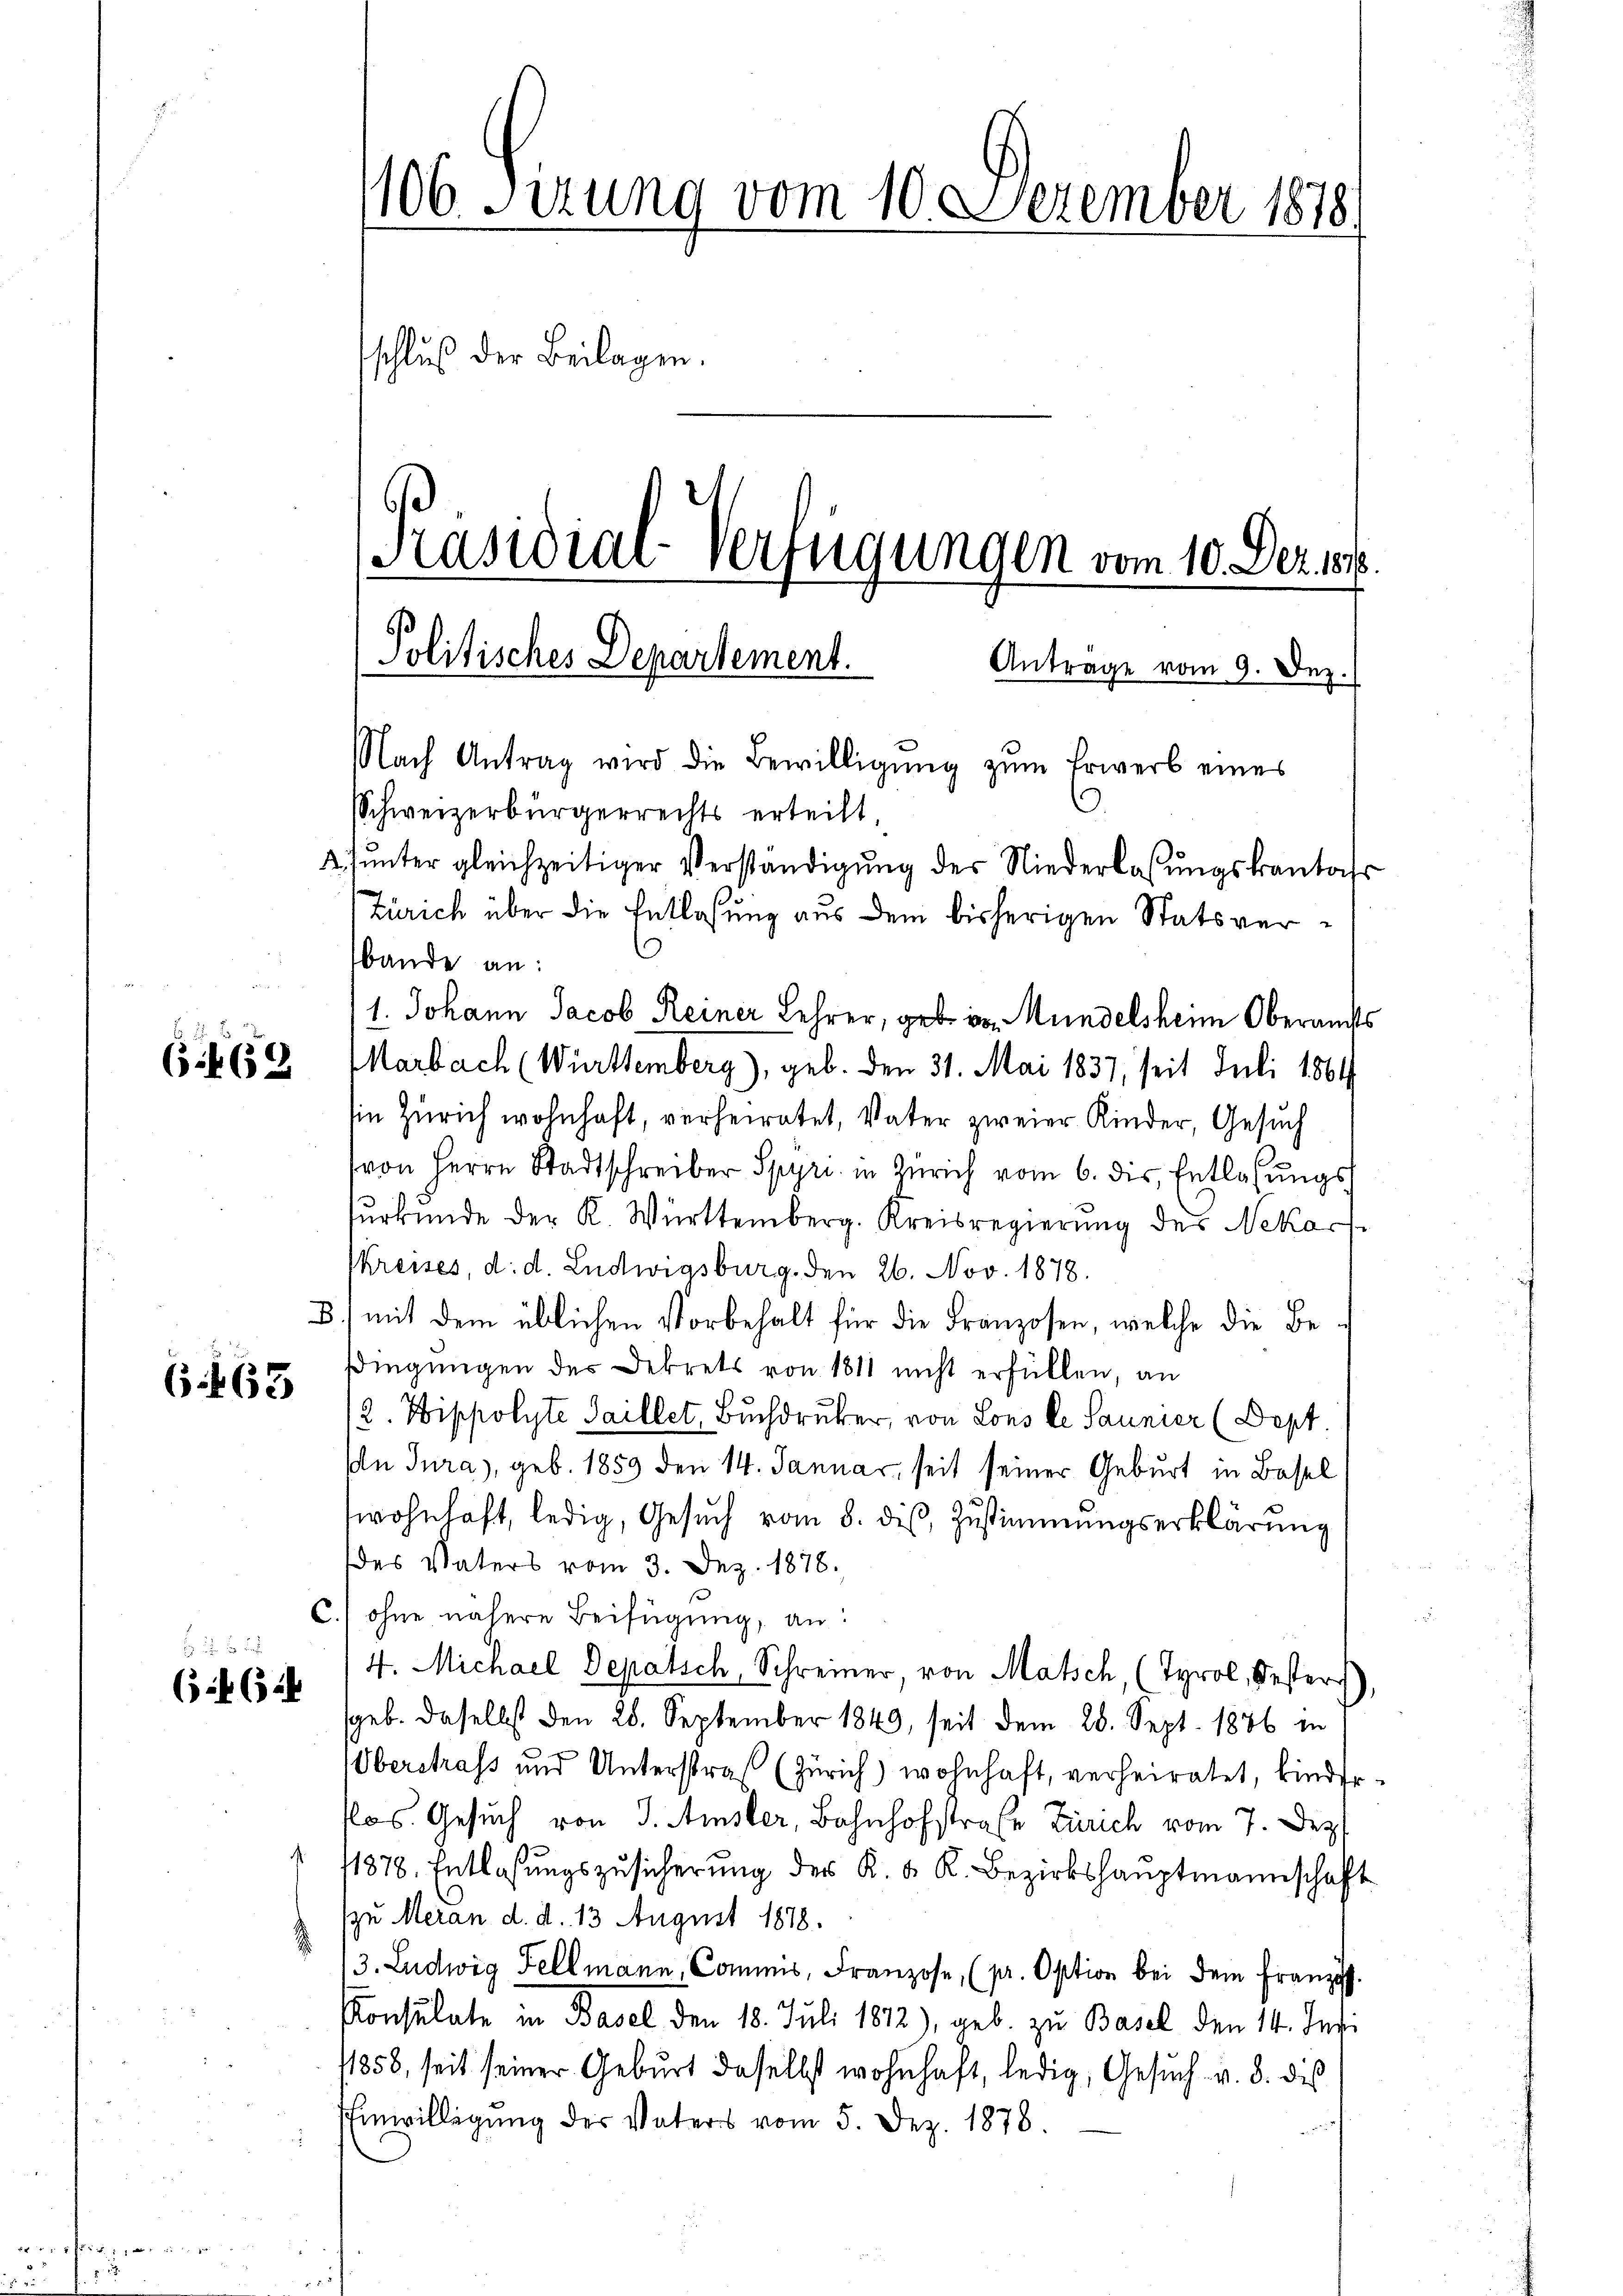
¬
2

52
8

6 f 52

6. 463

106. Sirung vom 10. Dezember 1818.
schluß der Beilagen.
17
Präsidial-Verfügungen vom 10. Dez. 18.

bande an:
1. Johann Jacob Reiner Lehrer, geb. in Mündelsheim Oberamts
Marbach (Württemberg), geb. den 31. Mai 1837, seit Juli 1864
Ein Zürich wohnhaft, verheiratet, Vater zweier Kinder, Gesuch
von Herrn Stadtschreiber Spyri in Zürich vom 6. dis, Entlaßungs
urkunde der K. Württemberg. Kreisregierung des Nekoc
kreises, d. d. Ludwigsburg. Den 26. Nov. 1878.
B.) mit dem üblichen Vorbehalt für die Franzosen, welche die Be
sdingungen des Dekrets von 1811 nicht erfüllen, an
2. Hippolyte Saillet, Buchdruker, von Lons le Saunier (Sept
In Jura), geb. 1859 den 14. Januar, seit seiner Geburt in Basel
wohnhaft, ledig, Gesŭch vom 8. des Zustimmungserklärung
des Vaters vom 3. Dez. 1878.
C.) ohne nähere Beifügung, an:
  2
4. Michael Depatsch, Schreiner von Matsch, (Tyrol, Besters
(462
geb. daselbst den 28. September 1849, seit dem 28. Sept. 1886 in
Oberstrafs und Unterstraf (Zürich) wohnhaft, verheiratet, kinder
Pos. Gesuch von J. Amsler, Bahnhofstraße Zürich vom 7. Dez.
1878. Entlassŭngszusicherŭng der K. K. K. Bezirkshauptmannschaft
(zu Meran d. d. 13 August 1878.
13. Ludwig Fellmann, Commis, Franzose, (pr. Option bei dem Französ.
Konsulate in Basel den 18. Juli 1872), geb. zu Basel den 14. Jusi
11858, seit seiner Geburt daselbst wohnhaft, ledig, Gesuch v. 3. dies
Einwilligung des Vaters vom 5. Dez. 1878.

Politisches Departement.
NNach Antrag wird die Bewilligŭng zŭm Erwerb eines
Schweizerbürgerrechts erteilt,
2. ŭnter gleichzeitiger Verständigŭng der Niederlassŭngskantas

Zürich über die Entlassung aus dem bisherigen Statsver¬

Antrage vom 9. Dez.